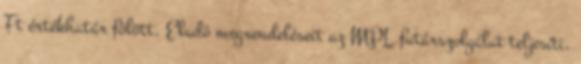
Ft értékhatár fölött. Eladó megrendeléseit az MPL futárszolgálat teljesíti.